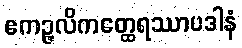
ဧကဉ္ဇလိကတ္ထေရဿာပဒါနံ